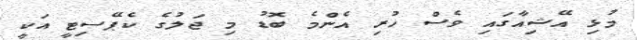
މުޅި އޭޝިއާގައި ވެސް ހުރި އެންމެ ބޮޑު މި ޖަލުގެ ކެޕޭސިޓީ އަކީ